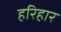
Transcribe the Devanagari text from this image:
हरिहार